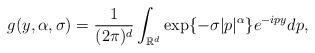
LaTeX: \begin{align*}g(y, \alpha, \sigma)=\frac{1}{(2\pi)^{d}}\int_{\mathbb{R}^{d}}\exp\{-\sigma |p|^{\alpha}\}e^{-ipy}dp,\end{align*}